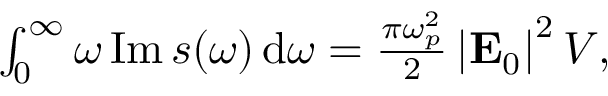
\begin{array} { r } { \int _ { 0 } ^ { \infty } \omega \operatorname { I m } s ( \omega ) \, \mathrm { d } \omega = \frac { \pi \omega _ { p } ^ { 2 } } { 2 } \left| \mathbf { E } _ { 0 } \right| ^ { 2 } V , } \end{array}